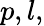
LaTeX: p,l,